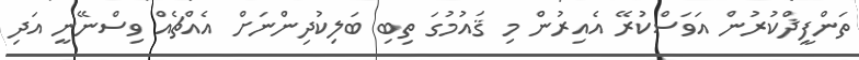
ތަންފީޛްކުރުން އަވަސްކުރޭ އެއިރުން މި ޤައުމުގަ ތިބި ބަލިކުދިންނަށް އެއްޗެއް ވިސްނޭނީ އަދި